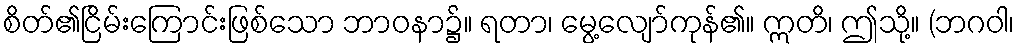
စိတ်၏ငြိမ်းကြောင်းဖြစ်သော ဘာဝနာ၌။ ရတာ၊ မွေ့လျော်ကုန်၏။ ဣတိ၊ ဤသို့။ (ဘဂဝါ၊